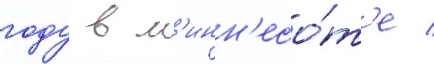
году в м'инн'есо́т'е /